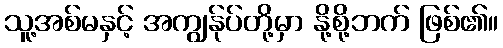
သူ့အစ်မနှင့် အကျွန်ုပ်တို့မှာ နို့စို့ဘက် ဖြစ်၏။